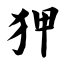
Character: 狎